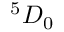
{ } ^ { 5 } D _ { 0 }